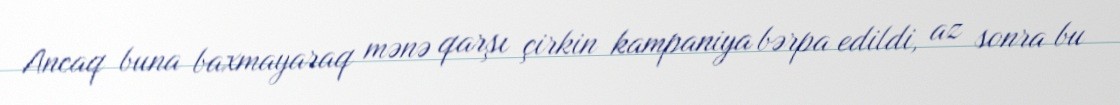
Ancaq buna baxmayaraq mənə qarşı çirkin kampaniya bərpa edildi, az sonra bu